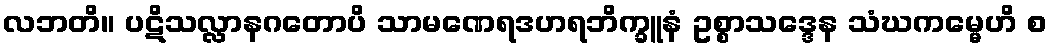
လဘတိ။ ပဋိသလ္လာနဂတောပိ သာမဏေရဒဟရဘိက္ခူနံ ဥစ္စာသဒ္ဒေန သံဃကမ္မေဟိ စ